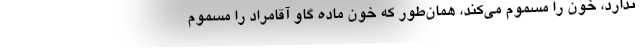
ندارد، خون را مسموم مي‌كند، همان‌طور كه خون ماده گاو آقامراد را مسموم